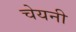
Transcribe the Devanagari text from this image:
चेयनी